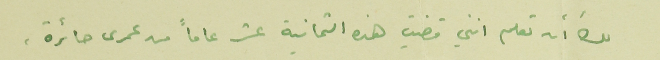
لك أن تعلم انني قضيت هذه الثمانية عشر عاماً من عمرى حائرة،